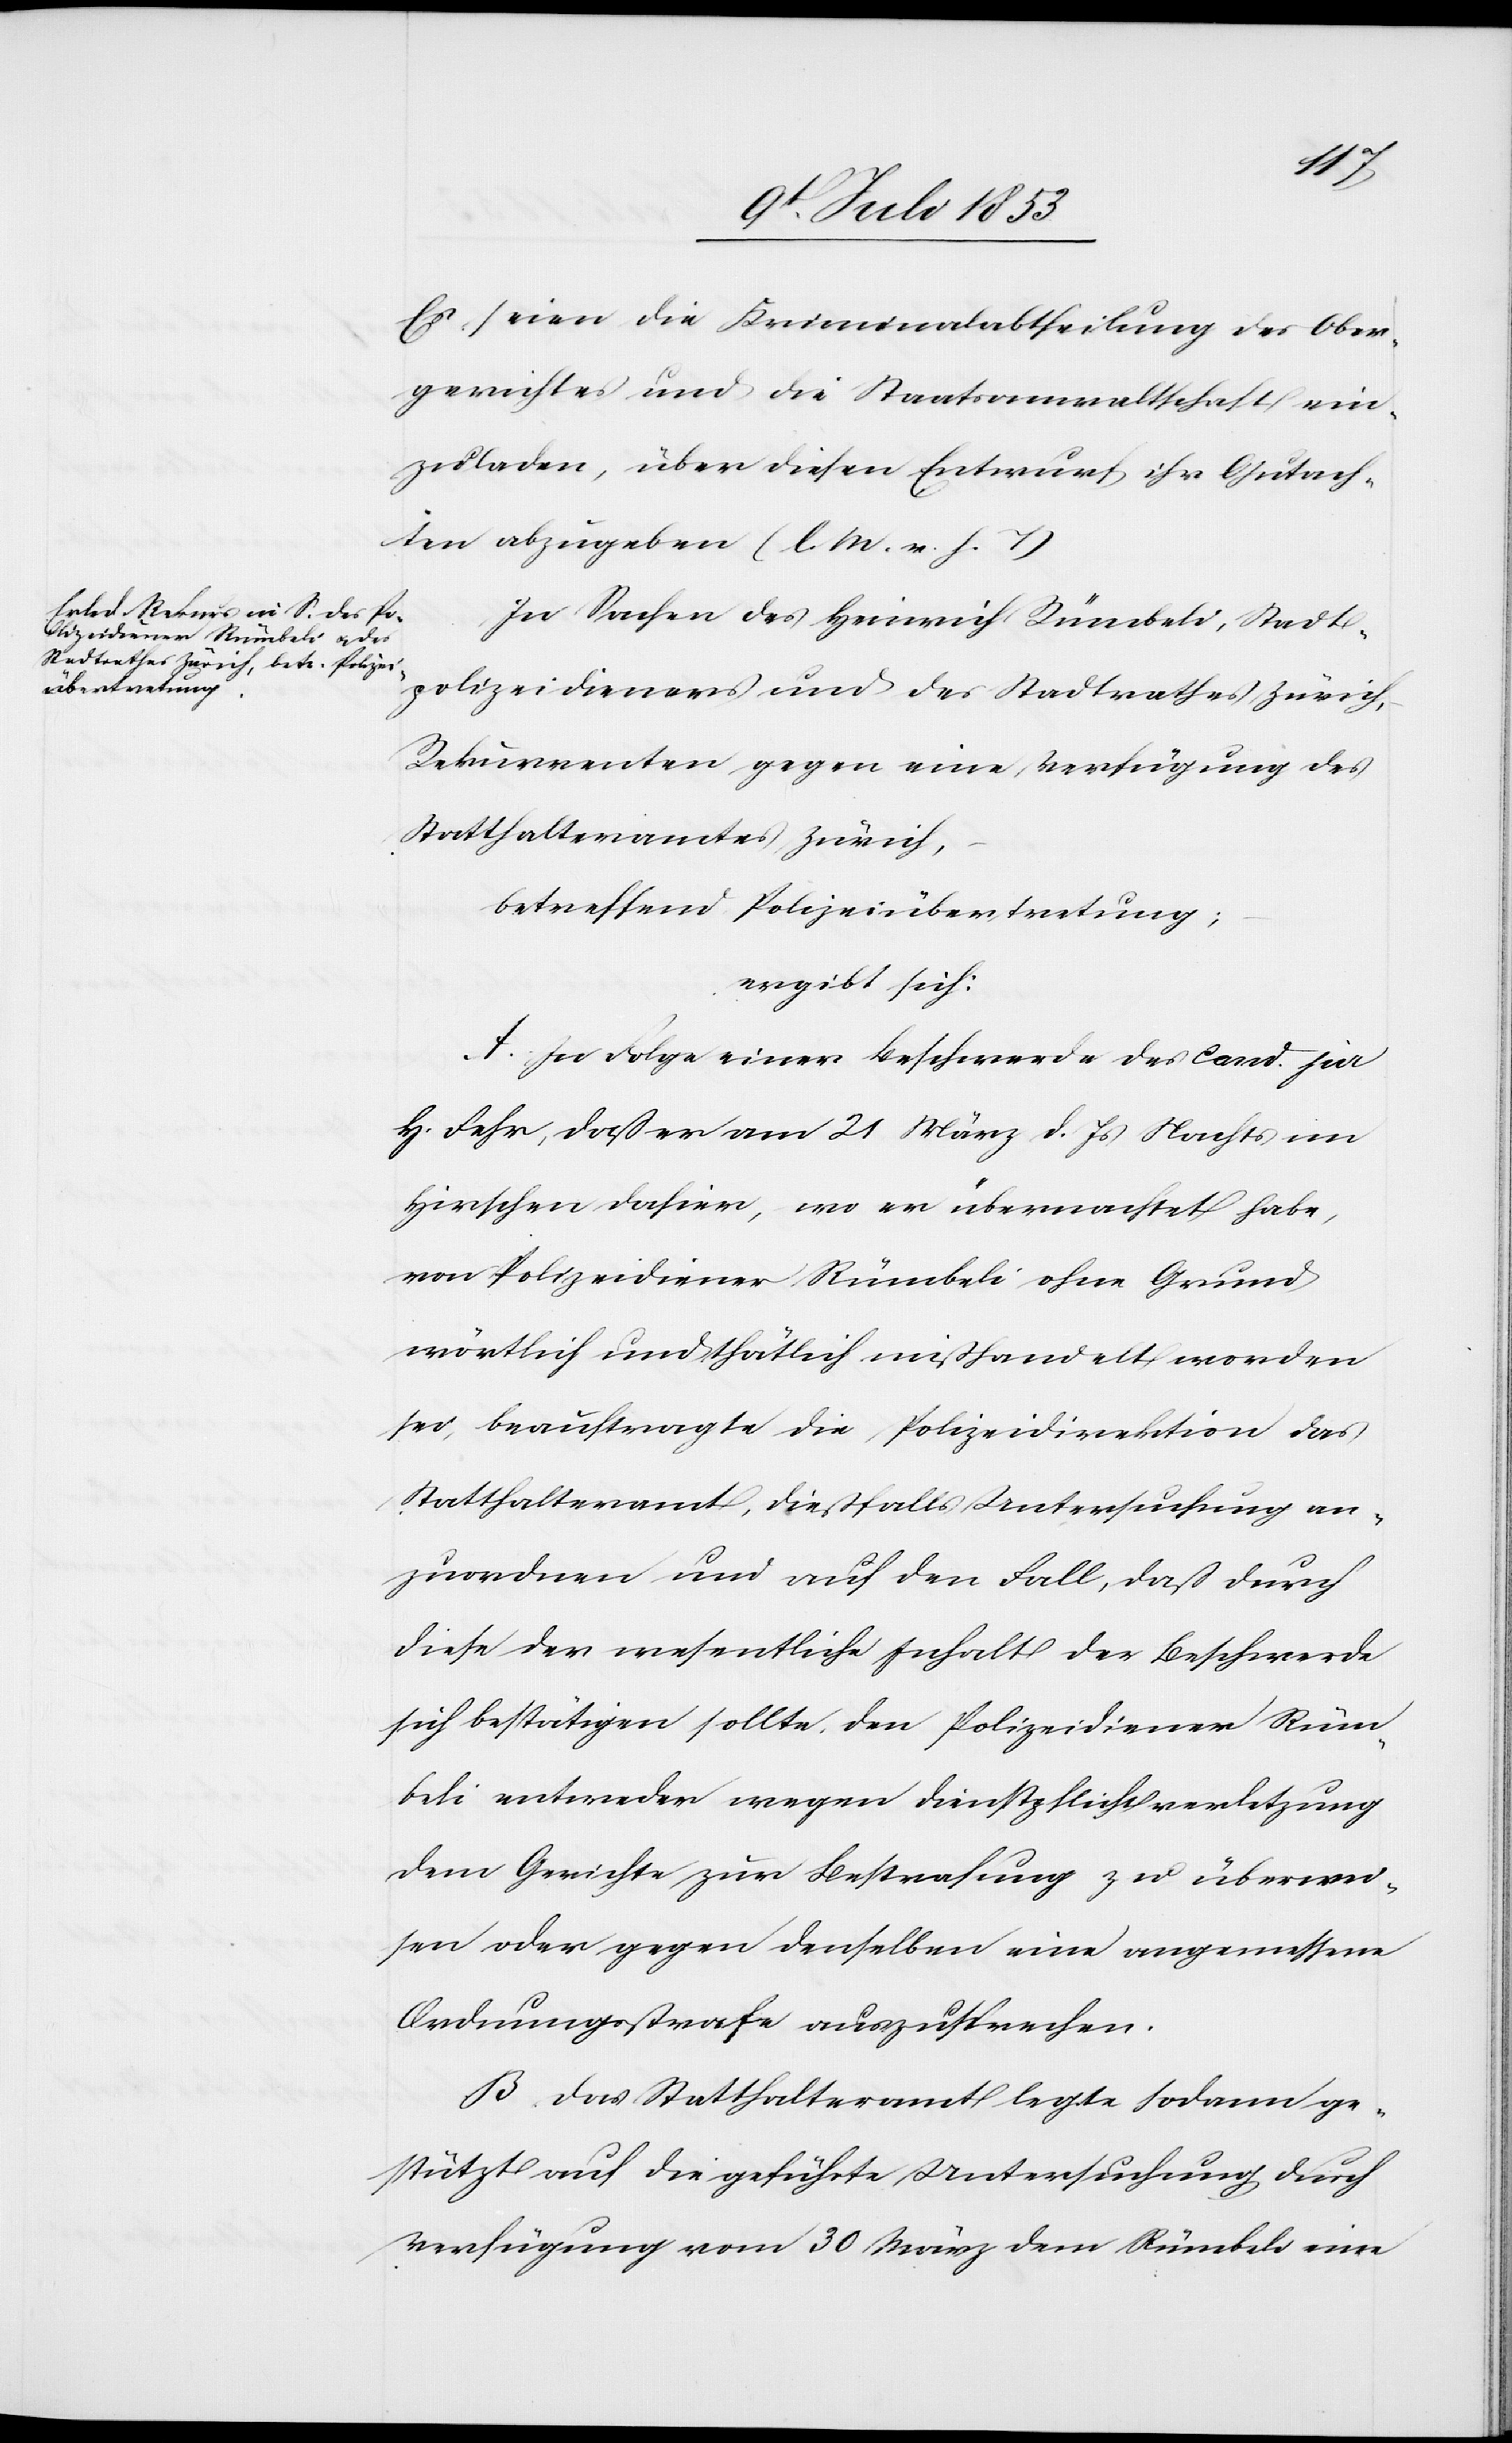
Es seien die Kriminalabtheilung des Ober¬
gerichtes und die Staatsanwaltschaft ein¬
zuladen, über diesen Entwurf ihr Gutach¬
ten abzuheben [l. M. h. T]
In Sachen des Heinrich Rümbeli, Stadt¬
polizeidieners und des Stadtrathes Zürich,
Rekurrenten gegen eine Verfügung des
Statthalteramtes Zürich,
betreffend Polizeiübertretung;
ergibt sich:
A. In Folge einer Beschwerde des Cand. jur
Fehr, daß er am 21 März d. Js. Nachts im
Hirschen dahier, wo er übernachtet habe,
von Polizeidiener Rümbeli ohne Grund
wörtlich und thätlich mißhandelt worden
sei, beauftragte die Polizeidirektion das
Statthalteramt, dießfalls Untersuchung an¬
zuordnen und auf den Fall, daß durch
diese der wesentliche Inhalt der Beschwerde
sich bestätigen sollte, den Polizeidiener Rüm¬
beli entweder wegen Dienstpflichtverletzung
dem Gerichte zur Bestrafung zu überwei¬
sen oder gegen denselben eine angemessene
Ordnungsstrafe auszusprechen.
B. Das Statthalteramt legte sodann ge¬
stützt auf die geführte Untersuchung durch
Verfügung vom 30 März dem Rümbeli eine